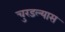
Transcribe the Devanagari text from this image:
चुरडल्यास